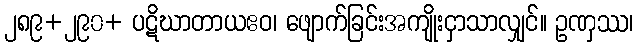
၂၈၉+၂၉၀+ ပဋိဃာတာယဧဝ၊ ဖျောက်ခြင်းအကျိုးငှာသာလျှင်။ ဥဏှဿ၊